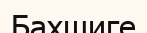
Бахшиге